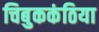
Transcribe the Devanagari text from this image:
चिबुककंठिया